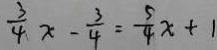
\frac { 3 } { 4 } x - \frac { 3 } { 4 } = \frac { 5 } { 4 } x + 1